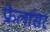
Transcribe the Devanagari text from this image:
फ्रेलांसर